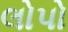
લોપો